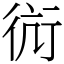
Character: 䘕